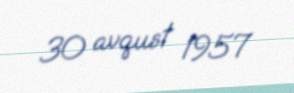
30 avqust 1957